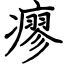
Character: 瘳